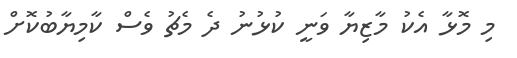
މި މޮޅާ އެކު މާޒިޔާ ވަނީ ކުޅުނު ދެ މެޗު ވެސް ކާމިޔާބުކޮށް